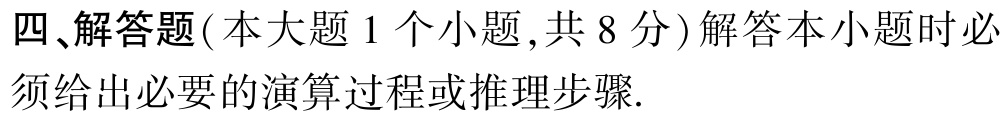
四、解答题（本大题 1 个小题，共 8 分）解答本小题时必须给出必要的演算过程或推理步骤.